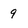
Character: 9